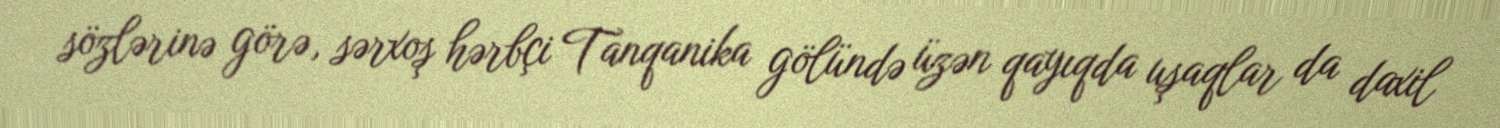
sözlərinə görə, sərxoş hərbçi Tanqanika gölündə üzən qayıqda uşaqlar da daxil